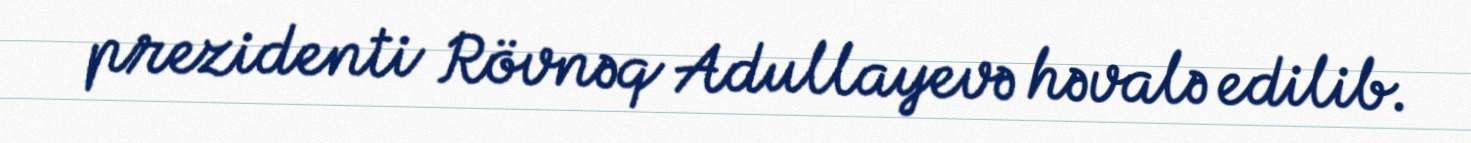
prezidenti Rövnəq Adullayevə həvalə edilib.